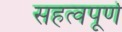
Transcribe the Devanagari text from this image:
सहत्वपूर्ण